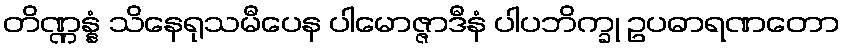
တိဏ္ဏန္နံ သိနေရုသမီပေန ပါမောဇ္ဇာဒီနံ ပါပဘိက္ခု ဥပဓာရဏတော